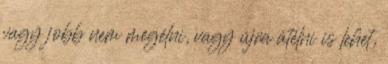
vagy jobb nem megélni, vagy újra átélni is lehet,